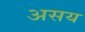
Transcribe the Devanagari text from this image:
असय